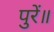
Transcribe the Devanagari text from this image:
पुरें॥